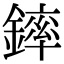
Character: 𨫏